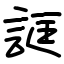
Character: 誆